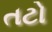
તટો